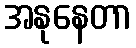
အနုနေတာ